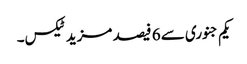
یکم جنوری سے 6 فیصد مزید ٹیکس۔